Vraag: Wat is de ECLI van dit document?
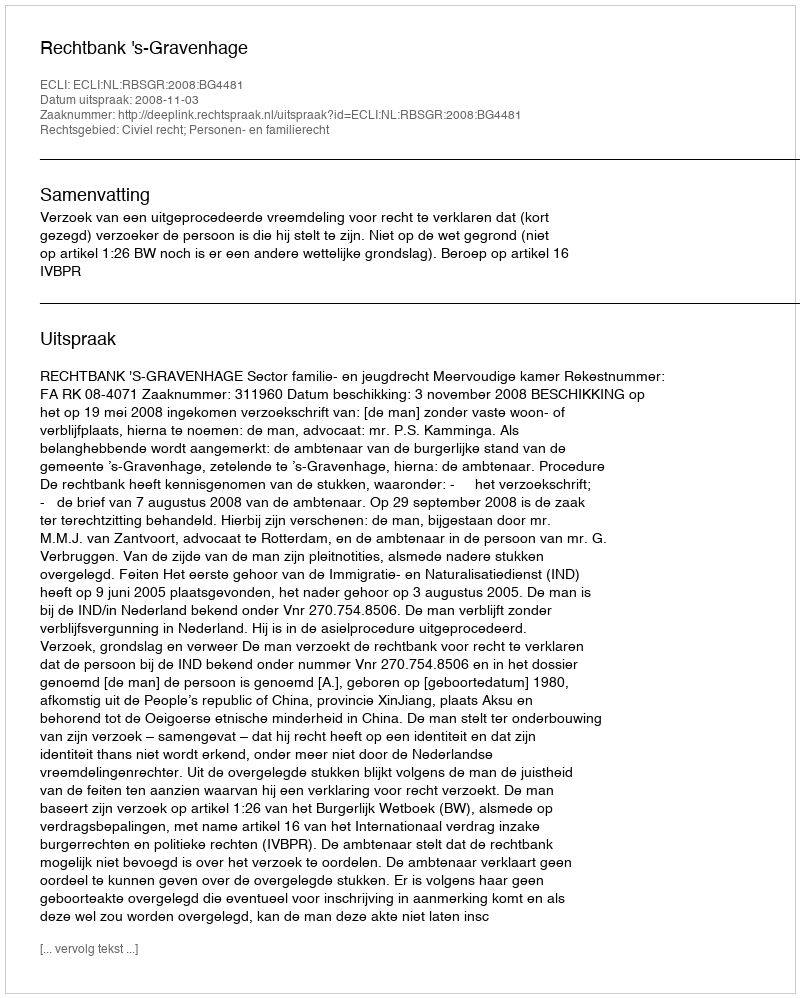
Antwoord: ECLI:NL:RBSGR:2008:BG4481